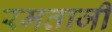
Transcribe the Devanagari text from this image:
रमताजी